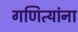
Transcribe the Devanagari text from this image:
गणित्यांना